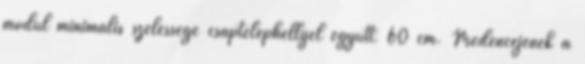
modul minimális szélessége csaptelephellyel együtt: 60 cm. Medencéjének a